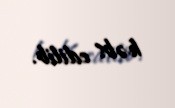
həbs edilib.